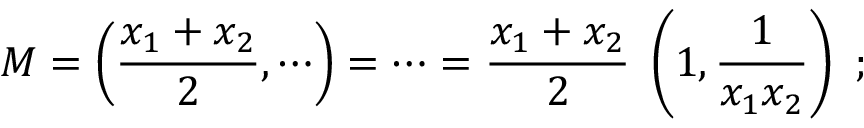
M = \left( { \frac { x _ { 1 } + x _ { 2 } } { 2 } } , \cdots \right) = \cdots = { \frac { x _ { 1 } + x _ { 2 } } { 2 } } \; \left( 1 , { \frac { 1 } { x _ { 1 } x _ { 2 } } } \right) \ ;